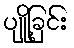
ပျို့ခြင်း